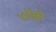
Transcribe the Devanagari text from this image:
पोखेर